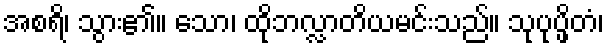
အစရိ၊ သွား၏။ သော၊ ထိုဘလ္လာတိယမင်းသည်။ သုပုပ္ဖိတံ၊